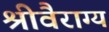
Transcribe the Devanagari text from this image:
श्रीवैराग्य